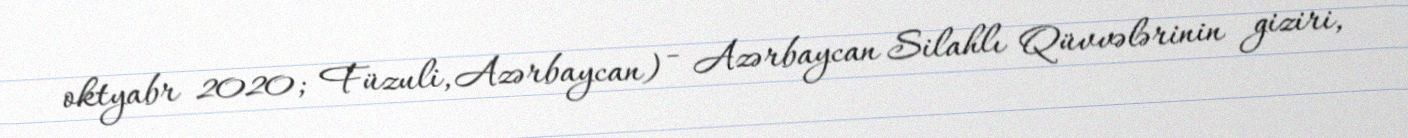
oktyabr 2020; Füzuli, Azərbaycan) - Azərbaycan Silahlı Qüvvələrinin giziri,